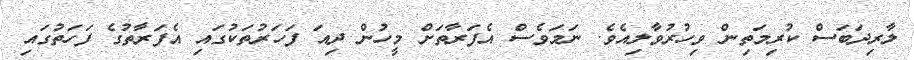
ލާރިދަބަސް ކުރިމަތިން ވިހުރުވާލިއެވެ. ނަމަވެސް އެފަރާތަށް މީހުން ދިއަ ފަހަރުތަކުގައި އެފަރާތުގެ ފަހަތުގައި